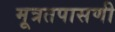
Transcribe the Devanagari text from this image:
मूत्रतपासणी